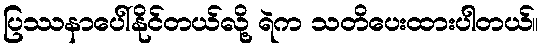
ပြဿနာပေါ်နိုင်တယ်လို့ ရဲက သတိပေးထားပါတယ်။